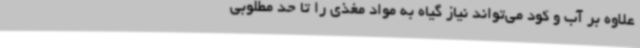
علاوه بر آب و کود می‌تواند نیاز گیاه به مواد مغذی را تا حد مطلوبی